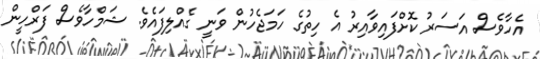
އެހާވެސް އަސަރު ކޮށްފައިވާއިރު އެ ހިތުގެ ހަމަޖެހުން ވަނީ ގެއްލިފައެވެ. ޝަމްހާވެސް ފަރްހީން